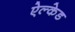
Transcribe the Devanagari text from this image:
ऐल्केड